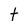
Character: t